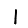
Digit: 1